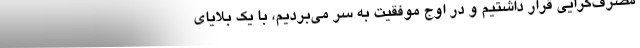
مصرف‌گرایی قرار داشتیم و در اوج موفقیت به سر می‌بردیم، با یک بلایای